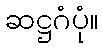
ဆဋ္ဌဂံပုံ။